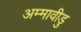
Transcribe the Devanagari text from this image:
अम्मावीडु